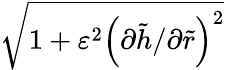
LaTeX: \sqrt{1+\varepsilon^{2}\left(\partial\tilde{h}/\partial\tilde{r}\right)^{2}}